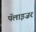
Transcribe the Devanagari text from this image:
पॅलाइज़र